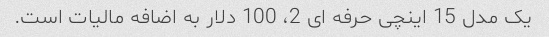
یک مدل 15 اینچی حرفه ای 2، 100 دلار به اضافه مالیات است.